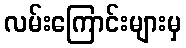
လမ်းကြောင်းများမှ